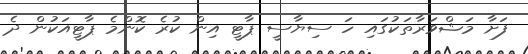
ފަށާ މަޝްވަރާތަކުގައި ހަ ސިޔާސީ ޕާޓީ އިން ކުރެ ކޮންމެ ޕާޓީއަކުން ދެ